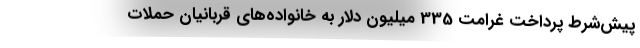
پیش‌شرط پرداخت غرامت 335 میلیون دلار به خانواده‌های قربانیان حملات